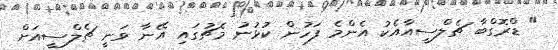
" ޑްރޮގްބާ ޗެލްސީއާއެކު އެންމެ ފަހުން ކުޅުނު މެޗުގައި އޭނާ ވަނީ ޗެލްސީއަށް